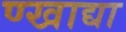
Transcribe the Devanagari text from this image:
ण्खाद्या